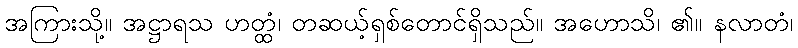
အကြားသို့။ အဋ္ဌာရသ ဟတ္ထံ၊ တဆယ့်ရှစ်တောင်ရှိသည်။ အဟောသိ၊ ၏။ နလာတံ၊